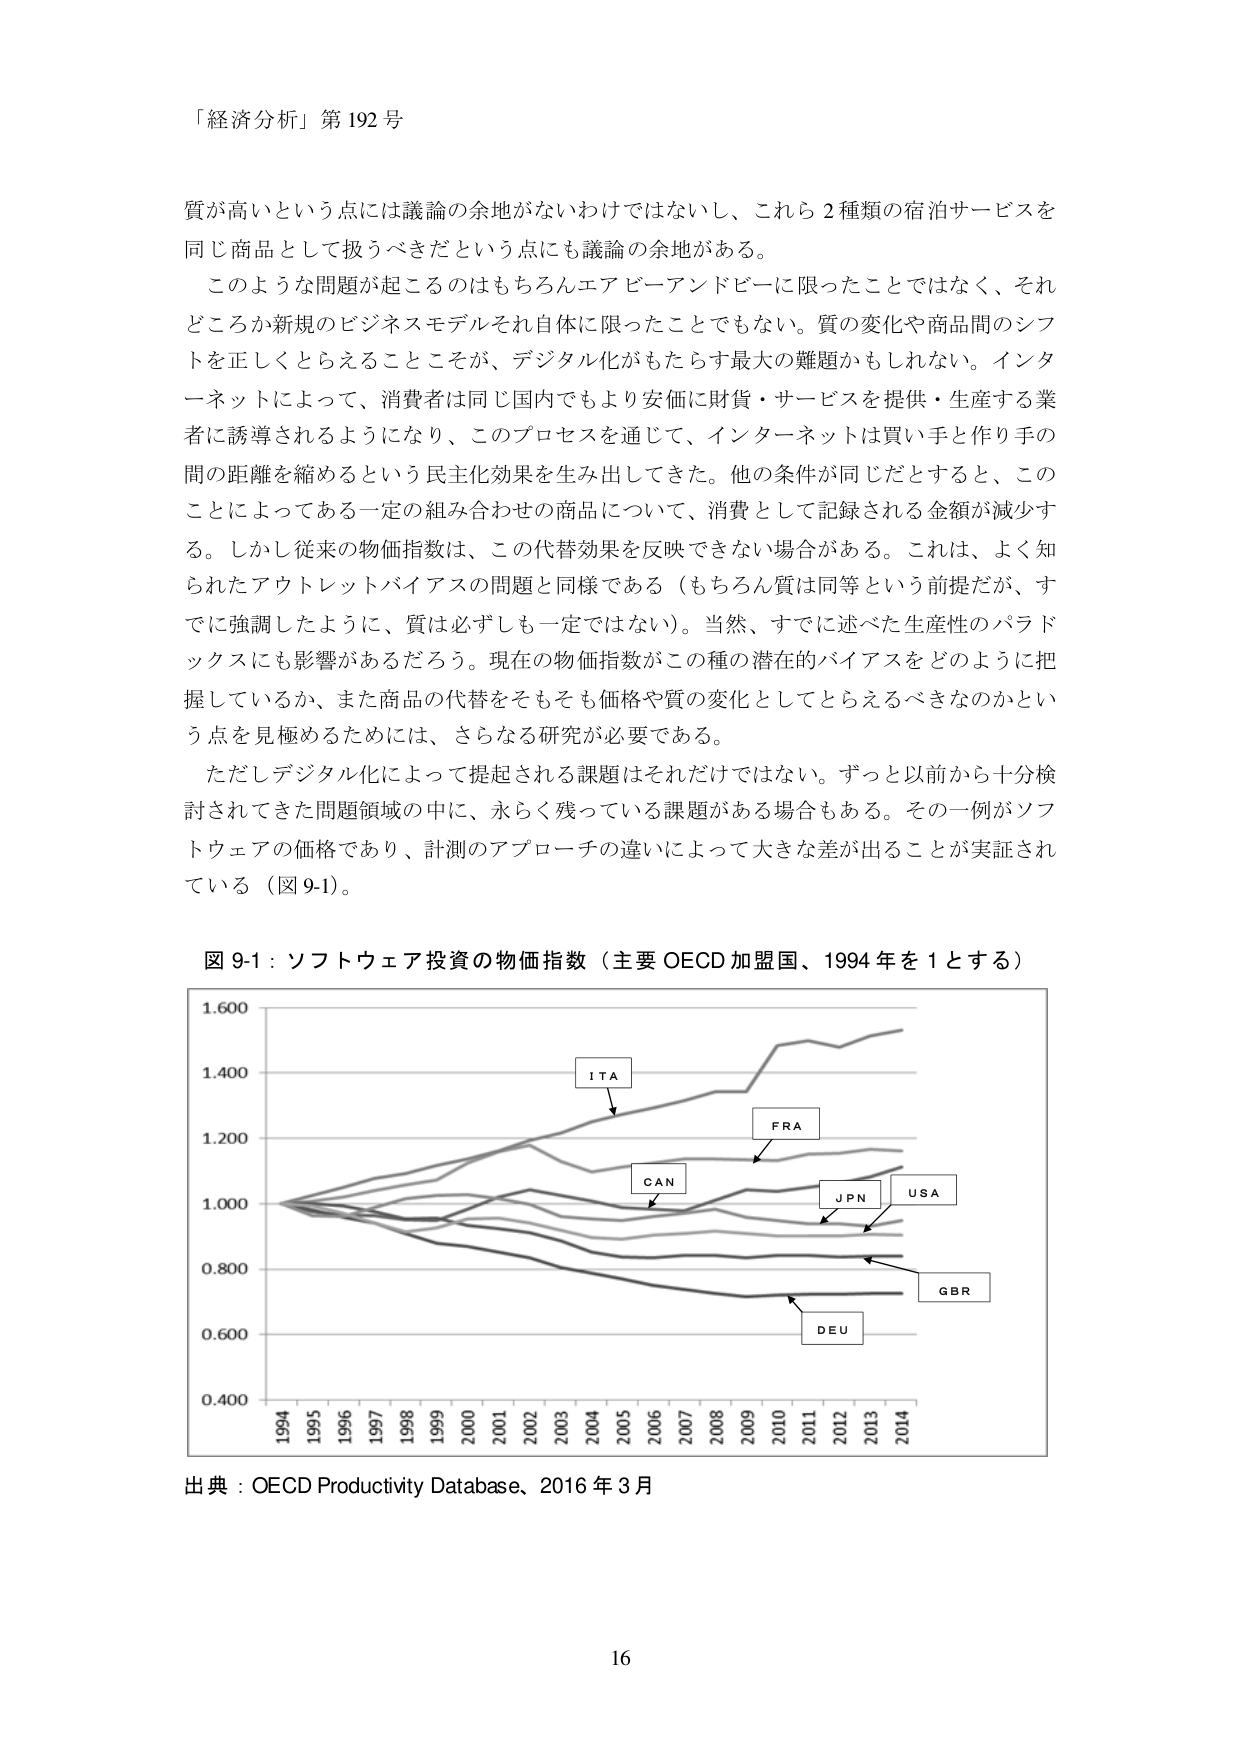
「経済分析」第 192 号

質が高いという点には議論の余地がないわけではないし、これら 2 種類の宿泊サービスを同じ商品として扱うべきだという点にも議論の余地がある。

このような問題が起こるのはもちろんエアビーアンドビーに限ったことではなく、それどころか新規のビジネスモデルそれ自体に限ったことでもない。質の変化や商品間のシフトを正しくとらえることこそが、デジタル化がもたらす最大の難題かもしれない。インターネットによって、消費者は同じ国内でもより安価に財貨・サービスを提供・生産する業者に誘導されるようになり、このプロセスを通じて、インターネットは買い手と作り手の間の距離を縮めるという民主化効果を生み出してきた。他の条件が同じだとすると、このことによってある一定の組み合わせの商品について、消費として記録される金額が減少する。しかし従来の物価指数は、この代替効果を反映できない場合がある。これは、よく知られたアウトレットバイアスの問題と同様である（もちろん質は同等という前提だが、すでに強調したように、質は必ずしも一定ではない）。当然、すでに述べた生産性のパラドックスにも影響があるだろう。現在の物価指数がこの種の潜在的バイアスをどのように把握しているか、また商品の代替をそもそも価格や質の変化としてとらえるべきなのかという点を見極めるためには、さらなる研究が必要である。

ただしデジタル化によって提起される課題はそれだけではない。ずっと以前から十分検討されてきた問題領域の中に、永らく残っている課題がある場合もある。その一例がソフトウェアの価格であり、計測のアプローチの違いによって大きな差が出ることが実証されている（図 9-1）。

図 9-1：ソフトウェア投資の物価指数（主要 OECD 加盟国、1994 年を 1 とする）

1.600
1.400
1.200
1.000
0.800
0.600
0.400

1994 1995 1996 1997 1998 1999 2000 2001 2002 2003 2004 2005 2006 2007 2008 2009 2010 2011 2012 2013 2014

ITA
FRA
CAN
JPN
USA
GBR
DEU

出典：OECD Productivity Database、2016 年 3 月

16